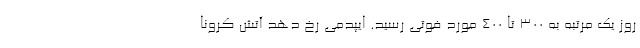
روز یک مرتبه به ۳۰۰ تا ۴۰۰ مورد فوتی رسید. ایپدمی رخ دهد آتش کرونا